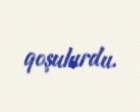
qoşulurdu.